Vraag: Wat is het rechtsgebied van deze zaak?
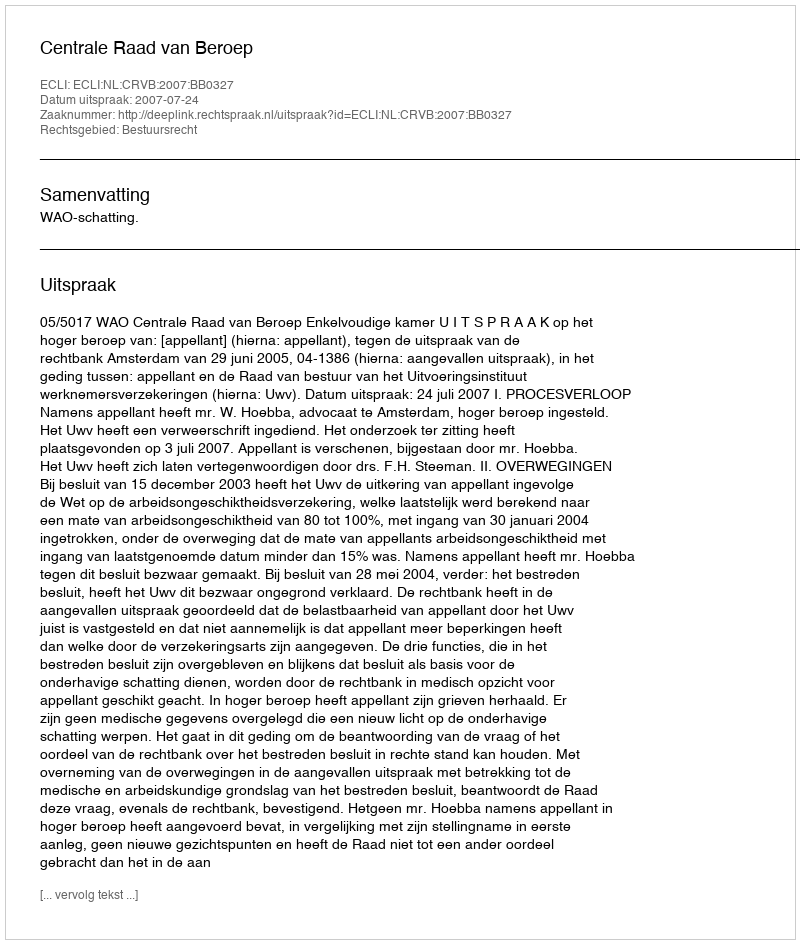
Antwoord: Bestuursrecht